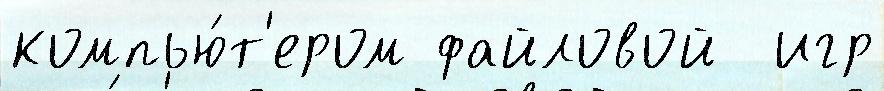
компью́т'ером файловой  игр